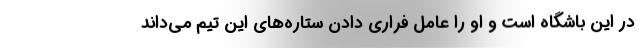
در این باشگاه است و او را عامل فراری دادن ستاره‌های این تیم می‌داند